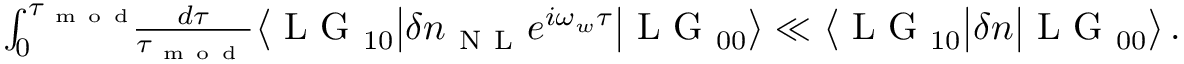
\begin{array} { r } { \int _ { 0 } ^ { \tau _ { \mathrm { ~ m ~ o ~ d ~ } } } \! \! \! \frac { d \tau } { \tau _ { \mathrm { ~ m ~ o ~ d ~ } } } \big \langle \mathrm { ~ L ~ G ~ } _ { 1 0 } \big | \delta n _ { \mathrm { ~ N ~ L ~ } } e ^ { i \omega _ { w } \tau } \big | \mathrm { ~ L ~ G ~ } _ { 0 0 } \big \rangle \ll \big \langle \mathrm { ~ L ~ G ~ } _ { 1 0 } \big | \delta n \big | \mathrm { ~ L ~ G ~ } _ { 0 0 } \big \rangle \, . } \end{array}